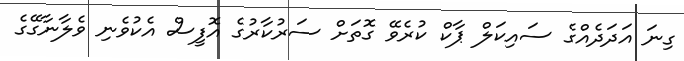
ގިނަ އަދަދެއްގެ ސައިކަލް ޕާކް ކުރެވޭ ގޮތަށް ސަރުކާރުގެ އޮފީސް އެކުވެނި ވެލާނާގޭގެ